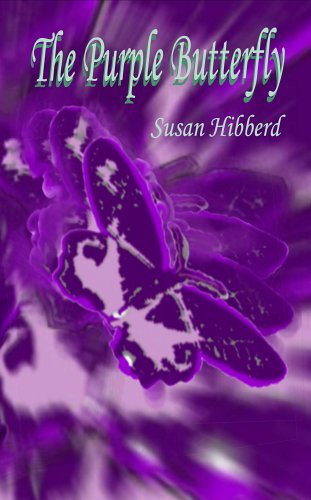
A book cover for The Purple Butterfly: Diary of a thyroid cancer patient; Susan Hibberd; Cookbooks, Food & Wine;